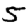
Digit: 5